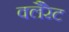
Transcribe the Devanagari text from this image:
क्लैरेट